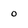
Character: 0